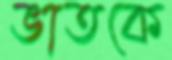
ভাতকে